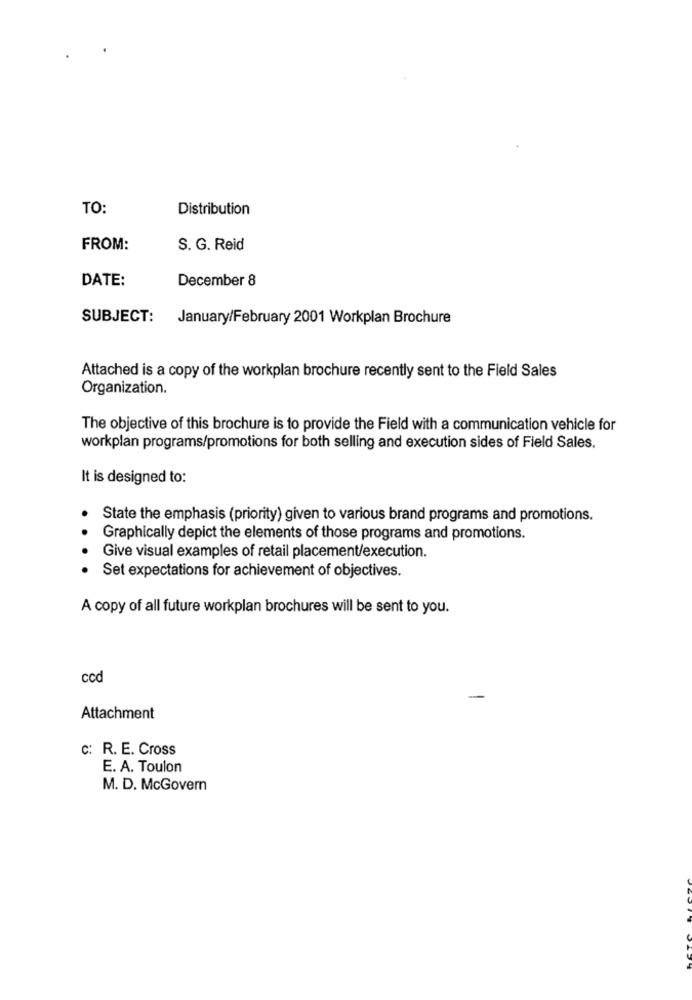
TO:
Distribution
FROM:
S. G. Reid
DATE:
December 8
SUBJECT:
January/February 2001 Workplan Brochure
Attached is a copy of the workplan brochure recently sent to the Field Sales
Organization.
The objective of this brochure is to provide the Field with a communication vehicle for
workplan programs/promotions for both selling and execution sides of Field Sales.
It is designed to:
State the emphasis (priority) given to various brand programs and promotions.
Graphically depict the elements of those programs and promotions.
Give visual examples of retail placement/execution.
Set expectations for achievement of objectives.
A copy of all future workplan brochures will be sent to you.
ccd
Attachment
c: R. E. Cross
E. A. Toulon
M. D. McGovern